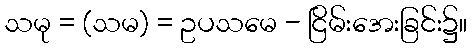
သမု = (သမ) = ဥပသမေ - ငြိမ်းအေးခြင်း၌။